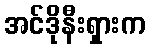
အင်ဒိုနီးရှားက